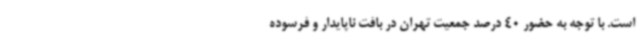
است. با توجه به حضور 40 درصد جمعیت تهران در بافت ناپایدار و فرسوده